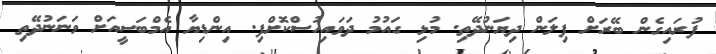
ފުރައިގެން ބޭރަށް ފިލަން ދިޔަނުދޭތި. މުޅި ގައުމު ދަވައިހުސްކޮށްފި. އިންޑިޔާ އެމްބަސީއަށް ވަނަނުދޭތި